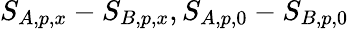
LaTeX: S_{A,p,x}-S_{B,p,x},S_{A,p,0}-S_{B,p,0}